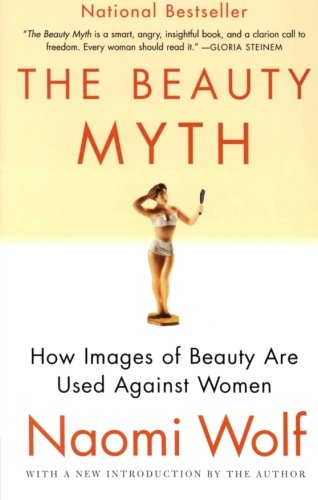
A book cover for The Beauty Myth: How Images of Beauty Are Used Against Women; Naomi Wolf; Politics & Social Sciences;